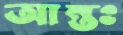
আন্তঃ